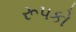
રૂપકો